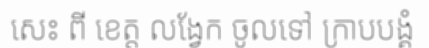
សេះ ពី ខេត្ត លង្វែក ចូលទៅ ក្រាបបង្គំ